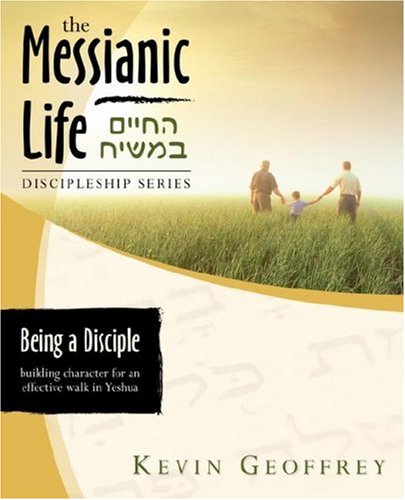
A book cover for Being a Disciple of Messiah: Building Character for an Effective Walk in Yeshua (The Messianic Life Discipleship Series / Bible Study); Kevin Geoffrey; Christian Books & Bibles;